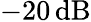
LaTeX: -20\, \mathrm{dB}